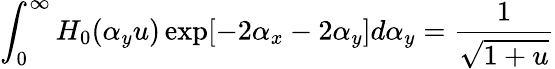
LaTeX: \int_{0}^{\infty}H_{0}(\alpha_{y}u)\exp[-2\alpha_{x}-2\alpha_{y}]d\alpha_{y}=\frac{1}{\sqrt{1+u}}